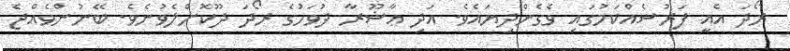
ރޯދަ އެއީ ފަރުޟެއްކަމުގައި ވެގެންދިޔައެވެ. އަދި ޢާޝޫރާ ދުވަހުގެ ރޯދަ ދޫކޮށްލެވުނެވެ. ބޭނުންވެއްޖެ